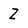
Character: Z